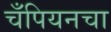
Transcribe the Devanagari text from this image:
चँपियनचा